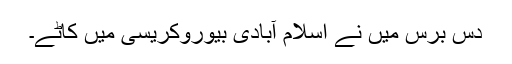
دس برس میں نے اسلام آبادی بیوروکریسی میں کاٹے۔